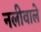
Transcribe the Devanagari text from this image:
नलीवाले